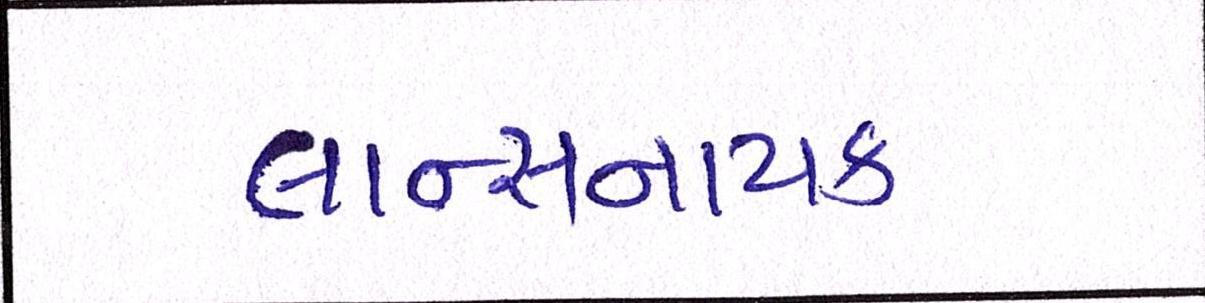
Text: લાન્સનાયક